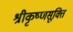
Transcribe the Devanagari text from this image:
श्रीकृष्णसूक्ति